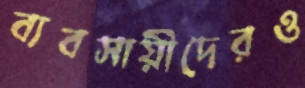
ব্যবসায়ীদেরও